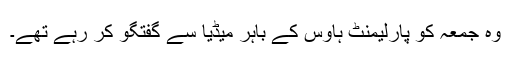
وہ جمعہ کو پارلیمنٹ ہاؤس کے باہر میڈیا سے گفتگو کر رہے تھے۔